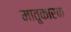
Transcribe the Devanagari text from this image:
मातृ्कारक